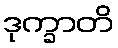
ဒုက္ခာတိ